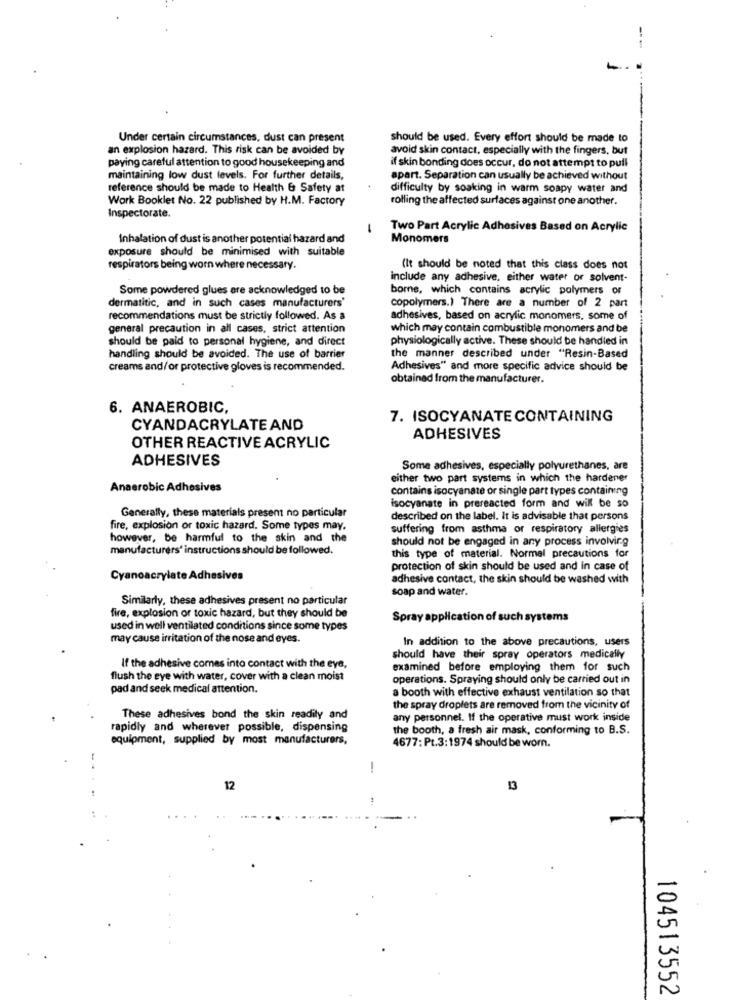
--
Under certain circumstances, dust can present
should be used. Every effort should be made to
an explosion hazard. This risk can be avoided by
avoid skin contact, especially with the fingers, but
paying careful attention to good housekeeping and
if skin bonding does occur, do not attempt to pull
maintaining low dust levels. For further details,
apart. Separation can usually be achieved without
reference should be made to Health & Safety at
difficulty by soaking in warm soapy water and
Work Booklet No. 22 published by H.M. Factory
rolling the affected surfaces against one another.
Inspectorate.
-
Two Part Acrylic Adhesives Based on Acrylic
Inhalation of dust is another potential hazard and
Monomers
exposure should be minimised with suitable
respirators being worn where necessary.
(It should be noted that this class does not
include any adhesive, either water or solvent-
Some powdered glues ere acknowledged to be
bomne, which contains acrylic polymers or
dermatitic, and in such cases manufacturers'
copolymers.) There are a number of 2 part
recommendations must be strictly followed. As a
adhesives, based on acrylic monomers, some of
general precaution in all cases, strict attention
which may contain combustible monomers and be
should be paid to personal hygiene, and direct
physiologically active. These should be handled in
handling should be avoided. The use of barrier
the manner described under "Resin-Based
creams and/or protective gloves is recommended.
Adhesives" and more specific advice should be
obtained from the manufacturer.
6. ANAEROBIC,
7. ISOCYANATE CONTAINING
CYANDACRYLATE AND
ADHESIVES
OTHER REACTIVE ACRYLIC
ADHESIVES
Some adhesives, especially polyurethanes, are
either two part systems in which the hardener
Anaerobic Adhesives
contains isocyanate or single part types containing
Generally, these materials present no particular
isocyanate in prereacted form and will be so
described on the label. It is advisable that persons
fire, explosion or toxic hazard. Some types may.
suffering from asthma or respiratory allergies
however, be harmful to the skin and the
should not be engaged in any process involving
manufacturers' instructions should be followed.
this type of material. Normal precautions for
protection of skin should be used and in case of
Cyanoacrylate Adhesives
adhesive contact, the skin should be washed with
soap and water.
Similarly, these adhesives present no particular
fire, explosion or toxic hazard, but they should be
Spray application of such systems
used in well ventilated conditions since some types
may cause irritation of the nose and eyes.
In addition to the above precautions, users
should have their spray operators medically
If the adhesive comes into contact with the eye,
examined before employing them for such
flush the eye with water, cover with a clean moist
operations. Spraying should only be carried out in
pad and seek medical attention.
a booth with effective exhaust ventilation so that
the spray droplets are removed from the vicinity of
These adhesives bond the skin readily and
any personnel. If the operative must work inside
rapidly and wherever possible, dispensing
the booth, a fresh air mask, conforming to B.S.
equipment, supplied by most manufacturers,
4677: Pt.3:1974 should be worn.
-
12
13
104513552